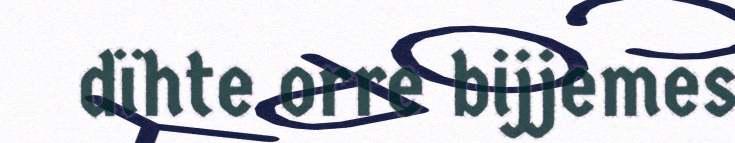
dïhte orre bijjemes